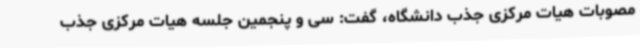
مصوبات هیات مرکزی جذب دانشگاه، گفت: سی و پنجمین جلسه هیات مرکزی جذب